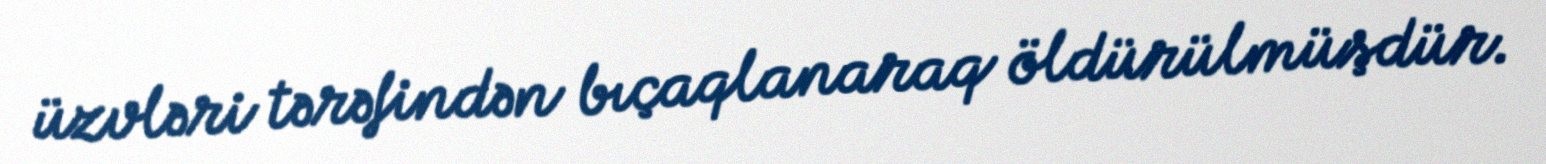
üzvləri tərəfindən bıçaqlanaraq öldürülmüşdür.